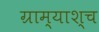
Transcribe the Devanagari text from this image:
ग्राम्याश्च